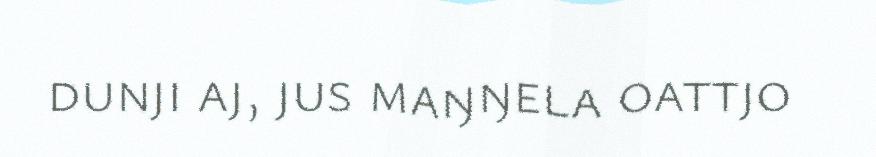
dunji aj, jus maŋŋela oattjo